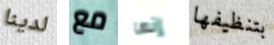
لدينا مع إنها بتنظيفها